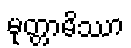
မုတ္တာမိဿာ